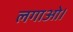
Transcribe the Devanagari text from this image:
लगाओ।